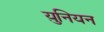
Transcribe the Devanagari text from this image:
य़ुनियन